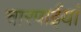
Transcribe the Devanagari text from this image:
चारपाईयां